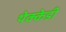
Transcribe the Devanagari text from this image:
थेक्केडी